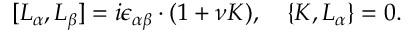
[ L _ { \alpha } , L _ { \beta } ] = i \epsilon _ { \alpha \beta } \cdot ( 1 + \nu K ) , \quad \{ K , L _ { \alpha } \} = 0 .